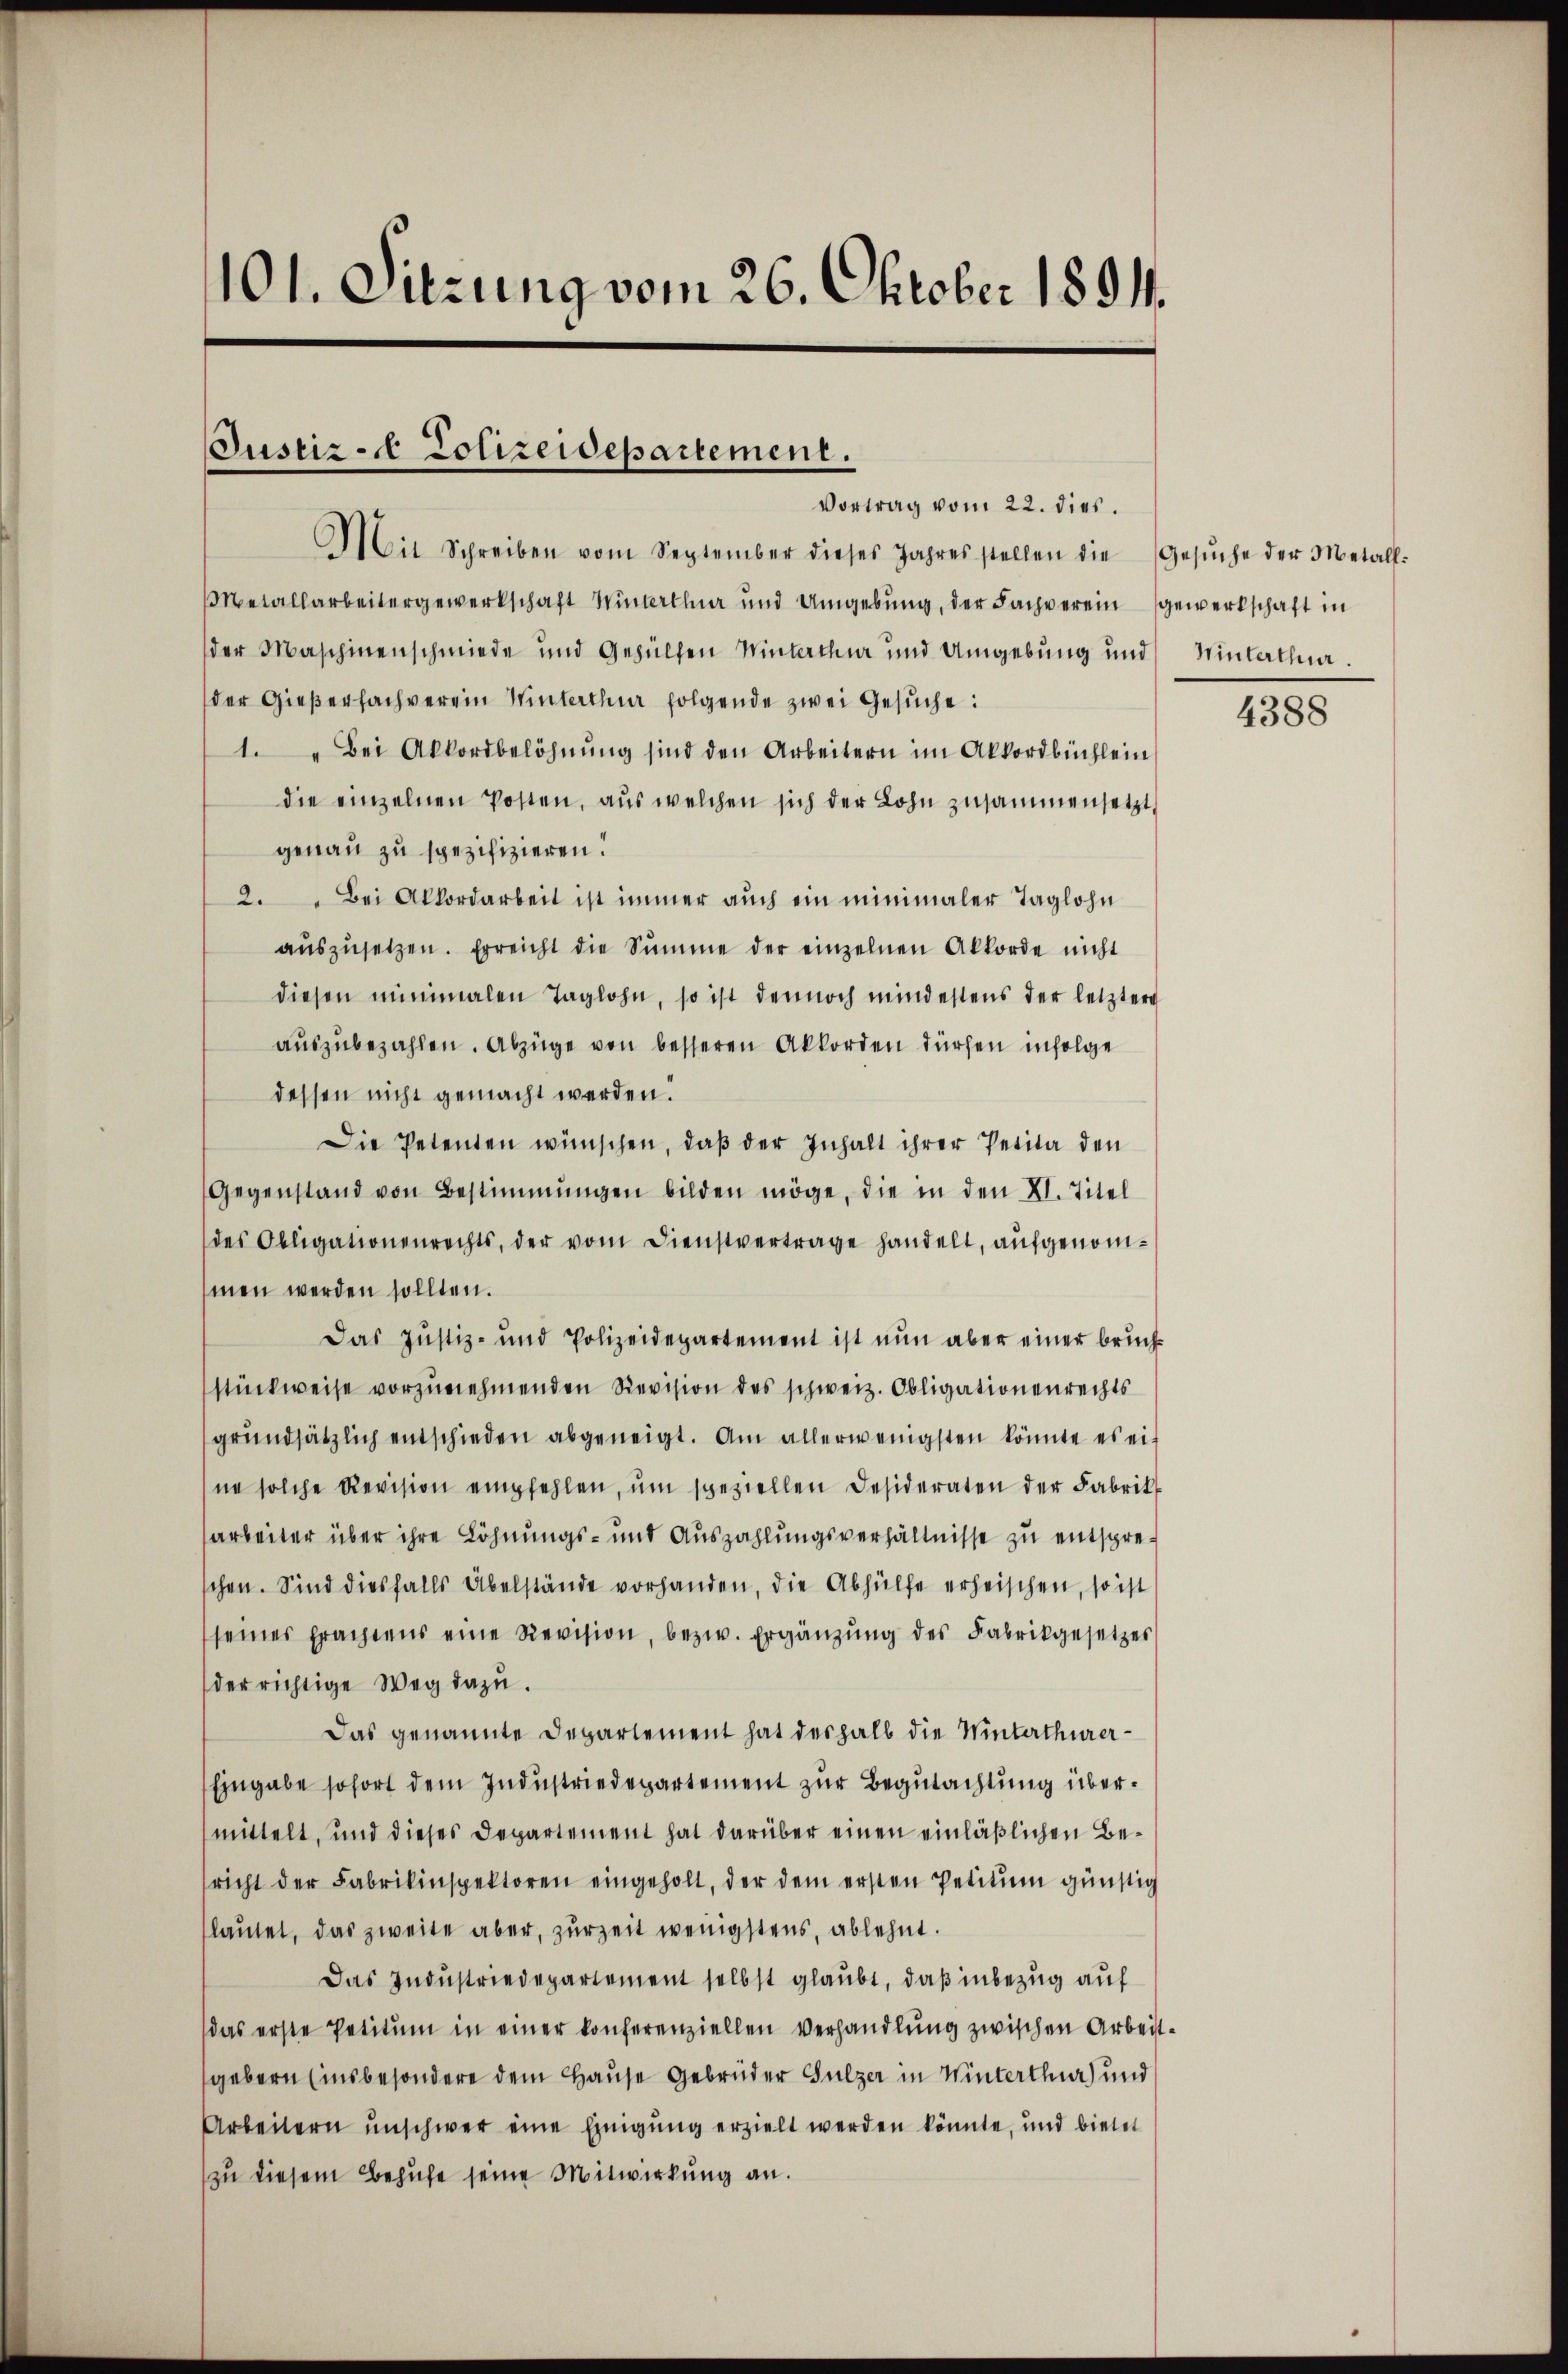
101. Sitzung vom 26. Oktober 1891.

Justiz - Polizeidepartement.
Vortrag vom 22. dies.

Mit Schreiben vom September dieses Jahres stellen die Gesŭche der Metall-
Metallarbeitergewerkschaft Winterthur und Umgebung, der Fachverein gewerkschaft in
der Maschinenschmiede und Gehülfen Winterthur und Umgebung und Winterthur.
der Gießersachverein Winterthur folgende zwei Gesuche:
1. " Bei Akkordbelöhnŭng sind den Arbeitern im Akkordbüchlein
die einzelnen Posten, aus welchen sich der Lohn zusammensetzt
genau zu spezifizieren.
2. " Bei Akkordarbeit ist immer auch ein minimaler Taglohn
aŭszŭsetzen. Erreicht die Summe der einzelnen Akkorde nicht
diesen minimalen Taglohn, so ist dennoch mindestens der letztere
aŭszŭbezahlen. Abzüge von besseren Akkorden dürfen infolge
dessen nicht gemacht werden.
Die Petenten wünschen, daß der Inhalt ihrer Petita den
Gegenstand von Bestimmungen bilden möge, die in den XI. Titel
des Obligationenrechts, der vom Dienstvertrage handelt, aufgenommen werden sollten.
Das Justiz- und Polizeidepartement ist nun aber einer bruch-
stückweise vorzunehmenden Revision des schweiz. Obligationenrechts
grŭndsätzlich entschieden abgeneigt. Am allerwenigsten könnte es ei-
ne solche Revision empfehlen, ŭm speziellen Desideraten der Fabrik
arbeiter über ihre Löhnungs- und Auszahlungsverhältnisse zu entspreschen. Sind diesfalls Übelstände vorhanden, die Abhülfe erheischen, so ist
seines Erachtens eine Revision, bezw. Ergänzŭng des Fabrikgesetzes
der richtige Weg dazu.
Das genannte Departement hat deshalb die Winterthurer¬
Eingabe sofort dem Industriedepartement zur Begutachtung übermittelt, und dieses Departement hat darüber einen einläßlichen Bericht der Fabrikinspektoren eingeholt, der dem ersten Petiŭm günstig
lautet, das zweite aber, zurzeit wenigstens, ablehnt.
Das Industriedepartement selbst glaubt, daß inbezug auf
das erste Petitum in einer konferenziellen Verhandlung zwischen Arbeitgebern (insbesondere dem Hause Gebrüder Sulzer in Winterthur) und
Arbeitern unschwer eine Einigung erzielt werden könnte, und bietet
zu diesem Behufe seine Mitwirkung an.

4388